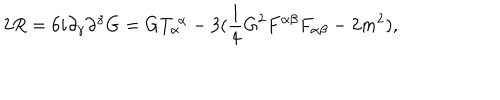
LaTeX: 2 R = 6 i \partial _ { \gamma } \partial ^ { \gamma } G = G T _ { \alpha } ^ { ~ \alpha } - 3 ( { \frac { 1 } { 4 } } G ^ { 2 } F ^ { \alpha \beta } F _ { \alpha \beta } - 2 m ^ { 2 } ) ,